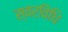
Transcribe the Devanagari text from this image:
स्वरविधि